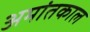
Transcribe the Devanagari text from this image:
अमांतकाल